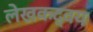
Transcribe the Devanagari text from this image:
लेखकद्वय